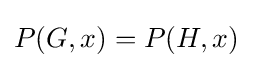
P(G,x)=P(H,x)